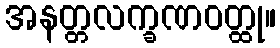
အနတ္တလက္ခဏဝတ္ထု။